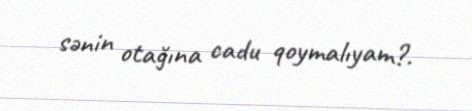
sənin otağına cadu qoymalıyam?.